Report on sanitation, dispensaries, and jails in Rajputana for 1911, and on vaccination for the year 1911-1912 - 1911-1912
Year: 1911
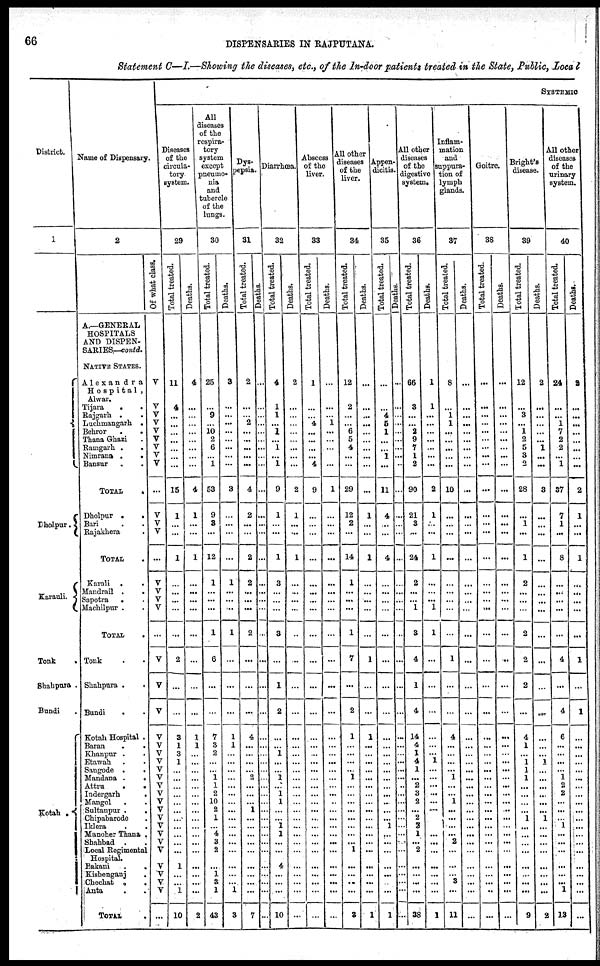
66
DISPENSARIES IN RAJPUTANA.
Statement C—I.—Showing the diseases, etc., of the In-door patients treated in the State, Public, Local
District.
1
Dholpur.
Karauli.
Tonk .
Shahpura .
Bundi .
Kotah .
Name of Dispensary.
2
A.—GENERAL
HOSPITALS
AND DISPEN-
SARIES—contd.
NATIVE STATES.
Alexandra
Hospital ,
Alwar.
Tijara
.
.
Rajgarh .
.
Luchmangarh .
Behror
.
.
Thana Ghazi .
Ramgarh . .
Nimrana .
.
Bansur . .
TOTAL
.
Dholpur .
.
Bari . .
Rajakhera .
TOTAL .
Karali . .
Mandrail . .
Sapotra
. .
Machilpur . .
TOTAL
.
Tonk . .
Shahpura .
.
Bundi
. .
Kotah Hospital .
Baran
.
.
Khanpur . .
Etawah . .
Sangode .
.
Mandana . .
Attru
.
.
Indergarh
.
Mangol . .
Sultanpur .
.
Chipabarode .
Iklera . .
Manoher Thana .
Shahbad . .
Local Regimental
Hospital.
Bakani
.
.
Kishenganj
Chechat .
.
Anta . .
TOTAL .
Of what class.
V
V
V
V
V
V
V
V
V
...
V
V
V
...
V
V
V
V
...
V
V
V
V
V
V
V
V
V
V
V
V
V
V
V
V
V
V
V
V
V
V
...
SYSTEMIC
Diseases
of the
circula-
tory
system.
29
Total treated.
11
4
...
...
...
...
...
...
...
15
1
...
...
1
...
...
...
...
...
2
...
...
3
1
3
1
...
... ...
...
...
...
...
...
...
...
...
1
...
...
1
10
Deaths.
4
...
...
...
...
...
...
...
...
4
1
...
...
1
...
...
...
...
...
...
...
...
1
1
...
...
...
...
...
...
...
...
...
...
...
...
...
...
...
...
...
2
All
diseases
of the
respira-
tory
system
except
pneumo-
nia
and
tubercle
of the
lungs.
30
Total treated.
25
...
9
...
10
2
6
... 1
53
9
8
...
12
1
...
...
...
1
6
...
...
7
3
2
...
...
1
1
2
10
2
1
...
4
3
2
...
1
3
1
43
Deaths.
3
...
...
...
...
...
...
...
...
3
...
...
...
...
1
...
...
...
1
...
...
...
1
1
...
...
...
...
...
...
...
...
...
...
...
...
...
...
...
...
1
3
Dys¬
pepsia.
31
Total treated.
2
...
...
2
...
...
...
...
...
4
2
...
...
2
2
...
...
...
2
...
...
...
4
...
...
...
...
2
...
...
...
1
...
...
...
...
...
...
...
...
...
7
Deaths.
...
...
...
...
...
...
...
...
...
...
...
...
...
...
...
...
...
...
...
...
...
...
...
...
...
...
...
...
...
...
...
...
...
...
...
...
...
...
...
...
...
...
Diarrhœa.
32
Total treated.
4
1
1
...
1
...
1
...
1
9
1
...
...
1
3
...
...
...
3
...
1
2
...
...
1
...
...
1
...
1 1
...
... 1
1
...
...
4
...
...
...
10
Deaths.
2
...
...
...
...
...
...
...
...
2
1
...
...
1
...
...
...
...
...
...
...
...
...
...
...
...
...
...
...
...
...
...
...
...
...
...
...
...
...
...
...
...
Abscess
of the
liver.
33
Total treated.
1
...
...
4
...
...
...
...
4
9
...
...
...
...
...
...
...
...
...
...
...
...
...
...
...
...
...
...
...
...
...
...
...
...
...
...
...
...
...
...
...
...
Deaths.
...
...
...
1
...
...
...
...
...
1
...
...
...
...
...
...
...
...
...
...
...
...
...
...
...
...
...
...
...
...
...
...
...
...
...
...
...
...
...
...
...
...
All other
diseases
of the
liver.
34
Total treated.
12
2
...
... 6
5
4
...
...
29
12
2
...
14
1
...
...
...
1
7
...
2
1
...
...
...
...
1
...
...
...
...
...
...
...
...
1
...
...
...
...
3
Deaths.
...
...
...
...
...
...
...
...
...
...
1
...
...
1
...
...
...
...
...
1
...
...
1
...
...
...
...
...
...
...
...
...
...
...
...
...
...
...
...
...
...
1
Appen-
dicitis.
35
Total treated.
...
...
4
5
1
...
...
1
...
11
4
...
...
4
...
...
...
...
...
...
...
...
...
...
...
...
...
...
...
...
...
...
... 1
...
...
...
...
...
...
...
1
Deaths.
...
...
...
...
...
...
...
...
...
...
...
...
...
...
...
...
...
...
...
...
...
...
...
...
...
...
...
...
...
...
...
...
...
...
...
...
...
...
...
...
...
...
All other
diseases
of the
digestive
system.
36
Total treated.
66
3
...
...
2
9
7
1
2
90
21
3
...
24
2
...
... 1
3
4
1
4
14
4
1
4
1
... 2
3
2
...
2
2 1
...
2
...
...
...
...
38
Deaths.
1
1
...
...
...
...
...
...
...
2
1
...
...
1
...
...
... 1
1
...
...
...
...
...
... 1
...
...
...
...
...
...
...
...
...
...
...
...
...
...
...
1
Inflam-
mation
and
suppura-
tion of
lymph
glands.
37
Total treated.
8
...
1
1
...
...
...
...
...
10
...
...
...
...
...
...
...
...
...
1
...
...
4
...
...
...
...
1
...
...
1
...
...
...
...
2
...
...
...
3
...
11
Deaths.
...
...
...
...
...
...
...
...
...
...
...
...
...
...
...
...
...
...
...
...
...
...
...
...
...
...
...
...
...
...
...
...
...
...
...
...
...
...
...
...
...
...
Goitre.
38
Total treated.
...
...
...
...
...
...
...
...
...
...
...
...
...
...
...
...
...
...
...
...
...
...
...
...
...
...
...
...
...
...
...
...
...
...
...
...
...
...
...
...
...
...
Deaths.
...
...
...
...
...
...
...
...
...
...
...
...
...
...
...
...
...
...
...
...
...
...
...
...
...
...
...
...
...
...
...
...
...
...
...
...
...
...
...
...
...
...
Bright's
disease.
39
Total treated.
12
...
3
...
1
2
5
3
2
28
...
1
...
1
2
...
...
...
2
2
2
...
4
1
...
1
1
1
...
...
...
...
1
...
...
...
...
...
...
...
...
9
Deaths.
2
...
...
...
...
...
1
...
...
3
...
...
...
...
...
...
...
...
...
...
...
...
...
...
... 1
...
...
...
...
...
...
1
...
...
...
...
...
...
...
...
2
All other
diseases
of the
urinary
system.
40
Total treated.
24
...
...
1
7
2
2
...
1
37
7
1
...
8
...
...
...
...
...
4
...
4
6
...
...
...
...
1
2
2
...
...
... 1
...
...
...
...
...
...
1
13
Deaths.
2
...
...
...
...
...
...
...
...
2
1
...
...
1
...
...
...
...
...
1
...
1
...
...
...
...
...
...
...
...
...
...
...
...
...
...
...
...
...
...
...
...